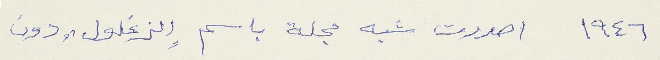
١٩٤٦ اصدرت شبه مجلة باسم الزغلول "دون